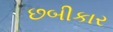
છબીકાર